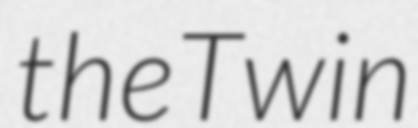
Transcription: the Twin